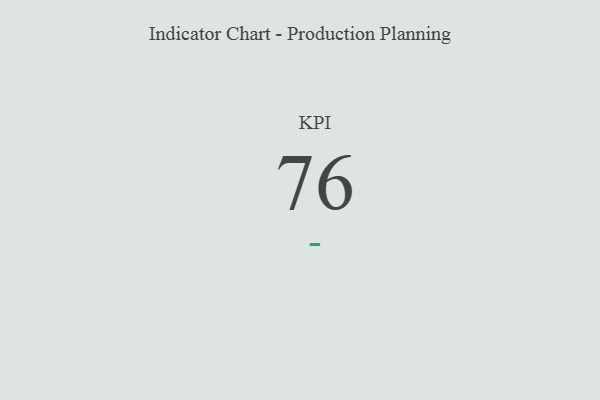
{"axis": {"x": "KPI", "y": "Value"}, "legend": [""], "data": [{"x": "KPI", "y": 76, "type": ""}]}